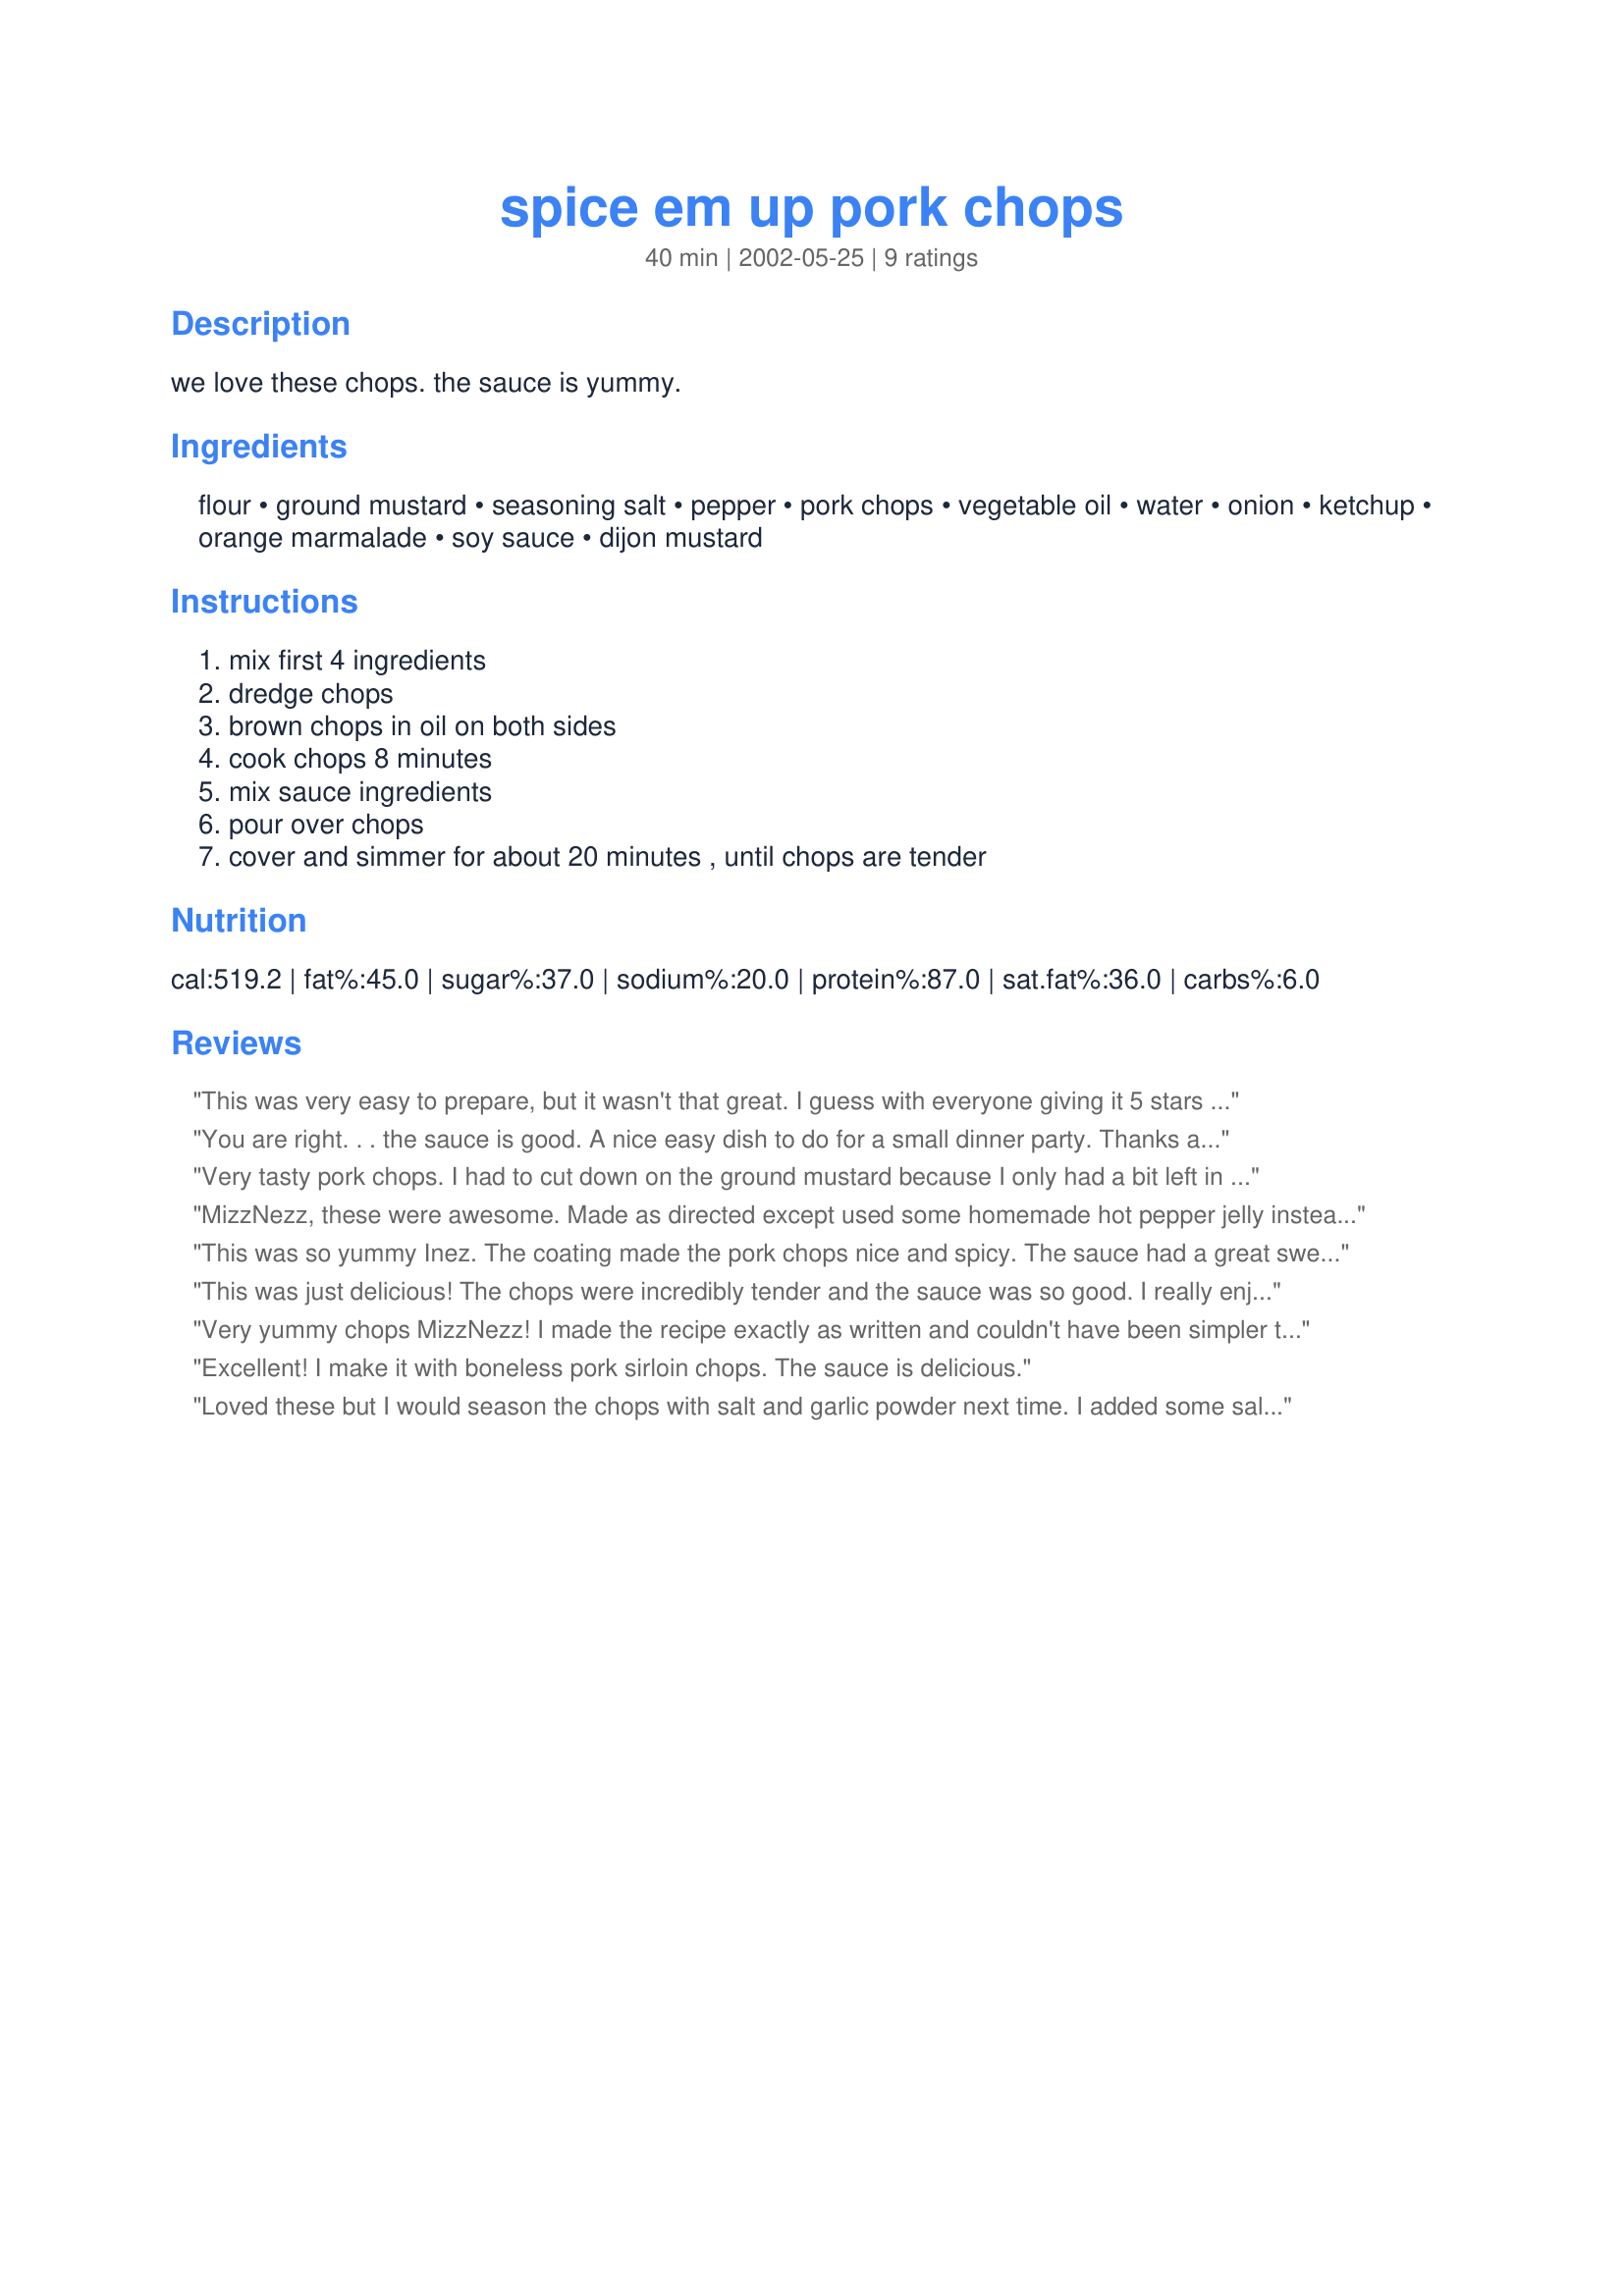
spice em up pork chops
Preparation time: 40 minutes

we love these chops. the sauce is yummy.

Ingredients:
flour, ground mustard, seasoning salt, pepper, pork chops, vegetable oil, water, onion, ketchup, orange marmalade, soy sauce, dijon mustard

Steps:
mix first 4 ingredients, dredge chops, brown chops in oil on both sides, cook chops 8 minutes, mix sauce ingredients, pour over chops, cover and simmer for about 20 minutes , until chops are tender

Reviews:
This was very easy to prepare, but it wasn't that great. I guess with everyone giving it 5 stars I was expecting something spectacular. It was just average for my husband and I. Thanks for sharing your recipe.
You are right. . . the sauce is good. A nice easy dish to do for a small dinner party. Thanks again Inez.
Very tasty pork chops. I had to cut down on the ground mustard because I only had a bit left in the jar, and I was out of seasoning salt. The chops were nice and tender, and I will definitely try this again when I have all the ingredients.
MizzNezz, these were awesome. Made as directed except used some homemade hot pepper jelly instead of the marmalade. Definitely a keeper! Thanks for posting this.
This was so yummy Inez. The coating made the pork chops nice and spicy. The sauce had a great sweet-sour taste. This was very easy to make. Made my weeknight cooking a breeze. My family and I liked it very much. Thanks ;)
This was just delicious! The chops were incredibly tender and the sauce was so good. I really enjoyed this recipe and will make often! Thanks!
Very yummy chops MizzNezz! I made the recipe exactly as written and couldn't have been simpler to prepare. We also loved the sauce. Thanks for sharing this recipe.
Excellent! I make it with boneless pork sirloin chops. The sauce is delicious.
Loved these but I would season the chops with salt and garlic powder next time. I added some salt and had it with tiny pasta so I could eat it smoothered in the sauce! Thanks MizzNezz!
